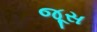
જૂસ